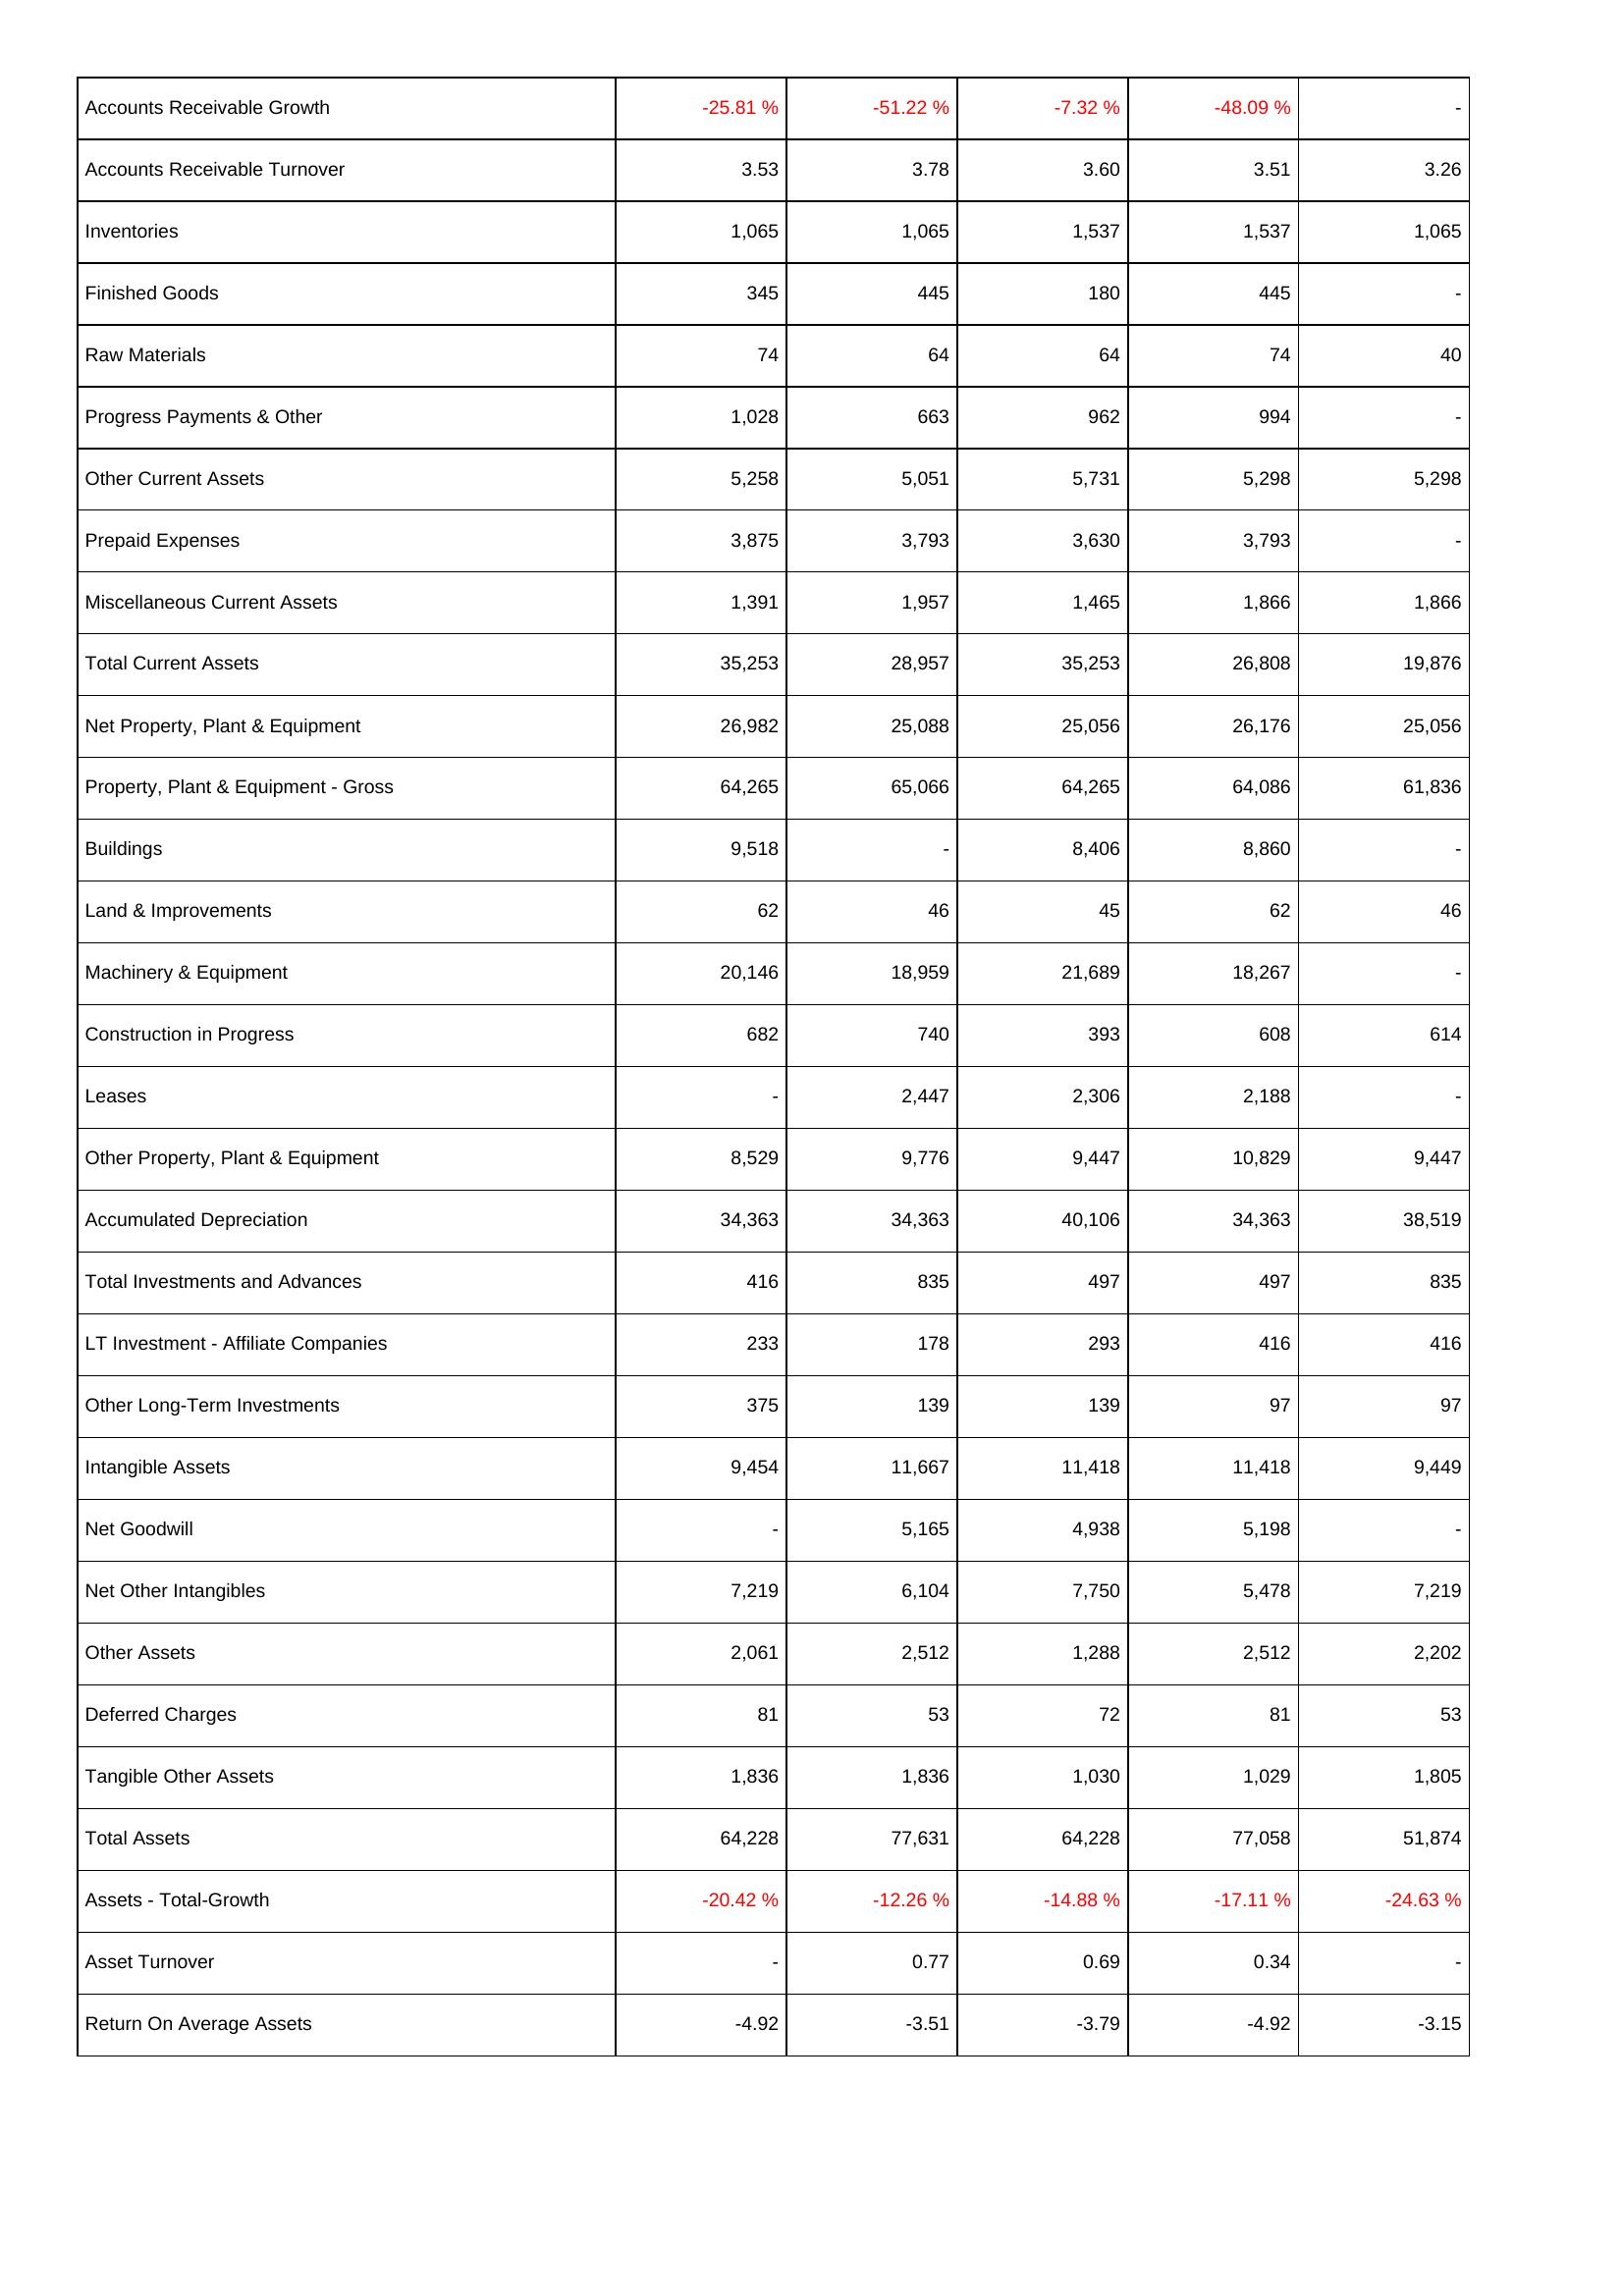
2018: Assets: Accounts Receivable Growth: -25.81 %
Accounts Receivable Turnover: 3.53
Inventories: 1,065
Finished Goods: 345
Raw Materials: 74
Progress Payments & Other: 1,028
Other Current Assets: 5,258
Prepaid Expenses: 3,875
Miscellaneous Current Assets: 1,391
Total Current Assets: 35,253
Net Property, Plant & Equipment: 26,982
Property, Plant & Equipment - Gross: 64,265
Buildings: 9,518
Land & Improvements: 62
Machinery & Equipment: 20,146
Construction in Progress: 682
Leases: -
Other Property, Plant & Equipment: 8,529
Accumulated Depreciation: 34,363
Total Investments and Advances: 416
LT Investment - Affiliate Companies: 233
Other Long-Term Investments: 375
Intangible Assets: 9,454
Net Goodwill: -
Net Other Intangibles: 7,219
Other Assets: 2,061
Deferred Charges: 81
Tangible Other Assets: 1,836
Total Assets: 64,228
Assets - Total-Growth: -20.42 %
Asset Turnover: -
Return On Average Assets: -4.92
2017: Assets: Accounts Receivable Growth: -51.22 %
Accounts Receivable Turnover: 3.78
Inventories: 1,065
Finished Goods: 445
Raw Materials: 64
Progress Payments & Other: 663
Other Current Assets: 5,051
Prepaid Expenses: 3,793
Miscellaneous Current Assets: 1,957
Total Current Assets: 28,957
Net Property, Plant & Equipment: 25,088
Property, Plant & Equipment - Gross: 65,066
Buildings: -
Land & Improvements: 46
Machinery & Equipment: 18,959
Construction in Progress: 740
Leases: 2,447
Other Property, Plant & Equipment: 9,776
Accumulated Depreciation: 34,363
Total Investments and Advances: 835
LT Investment - Affiliate Companies: 178
Other Long-Term Investments: 139
Intangible Assets: 11,667
Net Goodwill: 5,165
Net Other Intangibles: 6,104
Other Assets: 2,512
Deferred Charges: 53
Tangible Other Assets: 1,836
Total Assets: 77,631
Assets - Total-Growth: -12.26 %
Asset Turnover: 0.77
Return On Average Assets: -3.51
2016: Assets: Accounts Receivable Growth: -7.32 %
Accounts Receivable Turnover: 3.60
Inventories: 1,537
Finished Goods: 180
Raw Materials: 64
Progress Payments & Other: 962
Other Current Assets: 5,731
Prepaid Expenses: 3,630
Miscellaneous Current Assets: 1,465
Total Current Assets: 35,253
Net Property, Plant & Equipment: 25,056
Property, Plant & Equipment - Gross: 64,265
Buildings: 8,406
Land & Improvements: 45
Machinery & Equipment: 21,689
Construction in Progress: 393
Leases: 2,306
Other Property, Plant & Equipment: 9,447
Accumulated Depreciation: 40,106
Total Investments and Advances: 497
LT Investment - Affiliate Companies: 293
Other Long-Term Investments: 139
Intangible Assets: 11,418
Net Goodwill: 4,938
Net Other Intangibles: 7,750
Other Assets: 1,288
Deferred Charges: 72
Tangible Other Assets: 1,030
Total Assets: 64,228
Assets - Total-Growth: -14.88 %
Asset Turnover: 0.69
Return On Average Assets: -3.79
2015: Assets: Accounts Receivable Growth: -48.09 %
Accounts Receivable Turnover: 3.51
Inventories: 1,537
Finished Goods: 445
Raw Materials: 74
Progress Payments & Other: 994
Other Current Assets: 5,298
Prepaid Expenses: 3,793
Miscellaneous Current Assets: 1,866
Total Current Assets: 26,808
Net Property, Plant & Equipment: 26,176
Property, Plant & Equipment - Gross: 64,086
Buildings: 8,860
Land & Improvements: 62
Machinery & Equipment: 18,267
Construction in Progress: 608
Leases: 2,188
Other Property, Plant & Equipment: 10,829
Accumulated Depreciation: 34,363
Total Investments and Advances: 497
LT Investment - Affiliate Companies: 416
Other Long-Term Investments: 97
Intangible Assets: 11,418
Net Goodwill: 5,198
Net Other Intangibles: 5,478
Other Assets: 2,512
Deferred Charges: 81
Tangible Other Assets: 1,029
Total Assets: 77,058
Assets - Total-Growth: -17.11 %
Asset Turnover: 0.34
Return On Average Assets: -4.92
2014: Assets: Accounts Receivable Growth: -
Accounts Receivable Turnover: 3.26
Inventories: 1,065
Finished Goods: -
Raw Materials: 40
Progress Payments & Other: -
Other Current Assets: 5,298
Prepaid Expenses: -
Miscellaneous Current Assets: 1,866
Total Current Assets: 19,876
Net Property, Plant & Equipment: 25,056
Property, Plant & Equipment - Gross: 61,836
Buildings: -
Land & Improvements: 46
Machinery & Equipment: -
Construction in Progress: 614
Leases: -
Other Property, Plant & Equipment: 9,447
Accumulated Depreciation: 38,519
Total Investments and Advances: 835
LT Investment - Affiliate Companies: 416
Other Long-Term Investments: 97
Intangible Assets: 9,449
Net Goodwill: -
Net Other Intangibles: 7,219
Other Assets: 2,202
Deferred Charges: 53
Tangible Other Assets: 1,805
Total Assets: 51,874
Assets - Total-Growth: -24.63 %
Asset Turnover: -
Return On Average Assets: -3.15